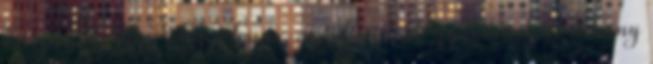
látszódott, hogy ideges lenne, azonban több gyakornok és néhány